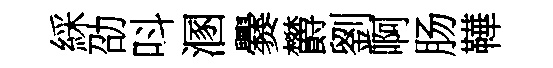
綵劭呌溷爨欝劉啊肠鞾